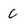
Character: c